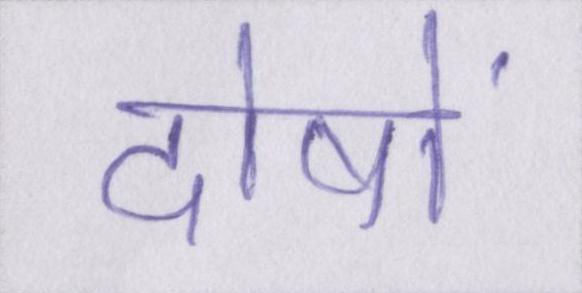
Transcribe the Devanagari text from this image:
दोषों